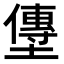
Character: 𫮯